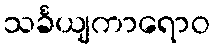
သင်္ခယျကာရောဝ